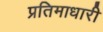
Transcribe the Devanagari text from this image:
प्रतिमाधारी